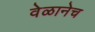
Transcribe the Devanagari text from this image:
वेळानेच